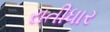
રાતીધાર